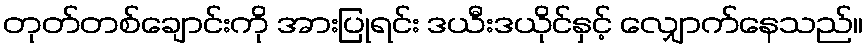
တုတ်တစ်ချောင်းကို အားပြုရင်း ဒယီးဒယိုင်နှင့် လျှောက်နေသည်။